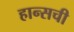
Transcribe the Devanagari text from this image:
हान्सची